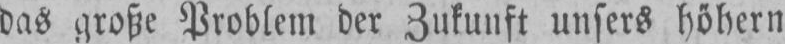
das große Problem der Zukunft unsers höhern